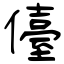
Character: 儓